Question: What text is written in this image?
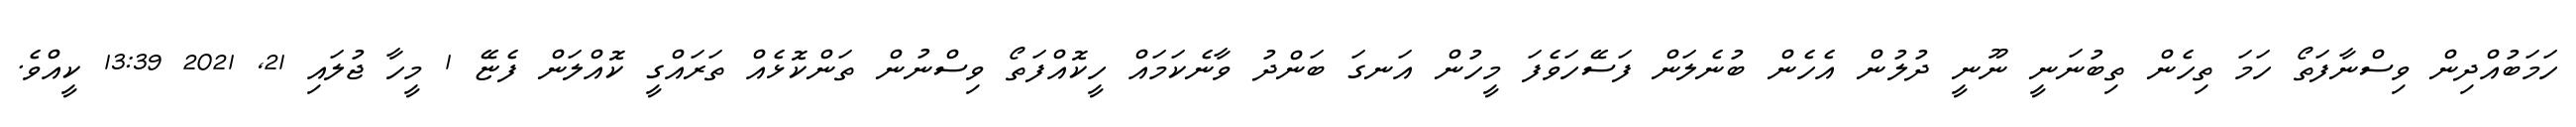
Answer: ހަމަބުއްދިން ވިސްނާފަތޯ ހަމަ ތިހެން ތިބުނަނީ ނޫނީ ދުލުން އެހެން ބުނެލަން ފަސޭހަވެފަ މީހުން އަނގަ ބަންދު ވާނެކަމައް ހީކޮއްފަތޯ ވިސްނުން ތަންކޮޅެއް ތަރައްގީ ކޮއްލަން ފެޏޭ 1 މީހާ ޖުލައި 21, 2021 13:39 ކީއްވެ.